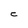
Character: e